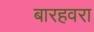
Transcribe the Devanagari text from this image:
बारहवरा